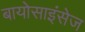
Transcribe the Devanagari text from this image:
बायोसाइंसेज